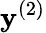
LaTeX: \mathbf{y}^{(2)}